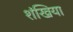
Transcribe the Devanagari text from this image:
शंखिया